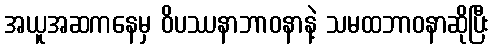
အယူအဆကနေမှ ဝိပဿနာဘာဝနာနဲ့ သမထဘာဝနာဆိုပြီး